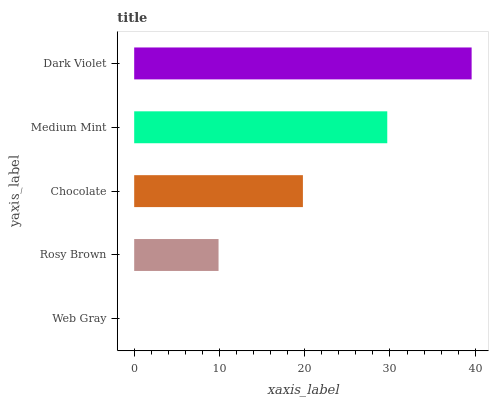
| yaxis_label | bars |
 | --- | --- |
 | Web Gray | 0 |
 | Rosy Brown | 9.89 |
 | Chocolate | 19.8 |
 | Medium Mint | 29.7 |
 | Dark Violet | 39.6 |